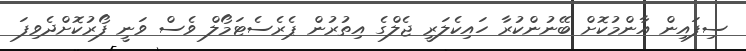
ސިފައިން އާންމުކޮށް ބޭނުންކުރާ ހައިކެލަރީ ޖެލްގެ އިތުރުން ޕެރެސެޓަމޯލް ވެސް ވަނީ ފޯރުކޮށްދެވިފަ